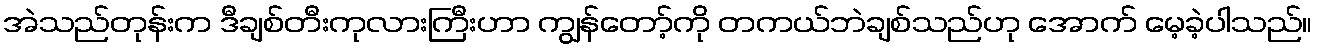
အဲသည်တုန်းက ဒီချစ်တီးကုလားကြီးဟာ ကျွန်တော့်ကို တကယ်ဘဲချစ်သည်ဟု အောက် မေ့ခဲ့ပါသည်။